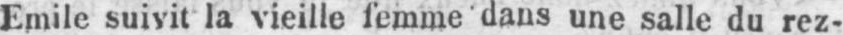
Emile suivit la vieille femme dans une salle du rez-